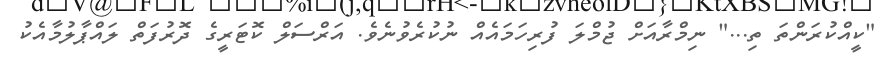
"ކީއްކުރަންތަ ތި..." ނިމްރާއަށް ޖުމްލަ ފުރިހަމައެއް ނުކުރެވުނެވެ. އަރްސަލް ކޮޓަރީގެ ދޮރުފަތް ލައްޕާލުމާއެކު